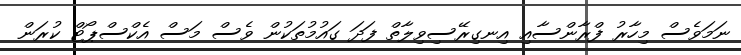
ނަމަވެސް މިހާރު ފްރާންސާއި އިނގިރޭސިވިލާތް ފަދަ ގައުމުތަކުން ވެސް މަސް އެކްސްޕޯޓް ކުރަން